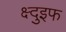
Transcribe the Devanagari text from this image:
क्ष्दुइफ